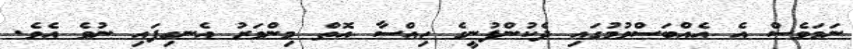
ނަމަވެސް އެ އެއްބަސްވުމުގައި ދެކުންފުނީގެ ހިއްސާ އޮތް މިންވަރު އެނގިފައި ނުވެ އެވެ.